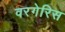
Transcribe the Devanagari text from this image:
वरगेरिस